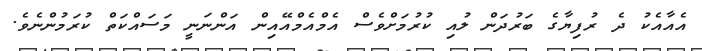
އެއާއެކު ދެ ރުފިޔާގެ ބަރުދަން ލުއި ކުރުމަށްވެސް އެމްއެމްއޭއިން އަންނަނީ މަސައްކަތް ކުރަމުންނެވެ.